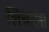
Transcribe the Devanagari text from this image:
लिंबाला